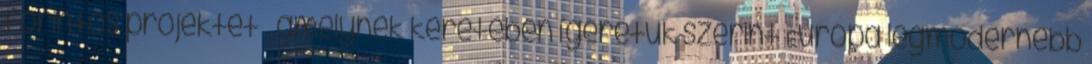
forintos projektet – amelynek keretében ígéretük szerint Európa legmodernebb